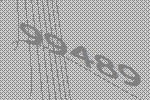
99489